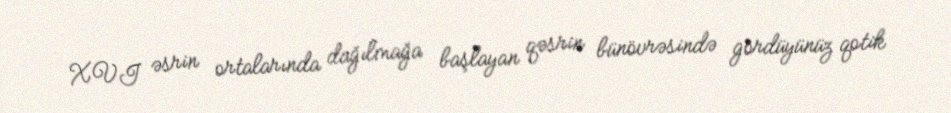
XVI əsrin ortalarında dağılmağa başlayan qəsrin bünövrəsində gördüyünüz qotik